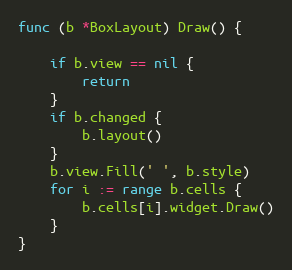
Language: Go
func (b *BoxLayout) Draw() {

	if b.view == nil {
		return
	}
	if b.changed {
		b.layout()
	}
	b.view.Fill(' ', b.style)
	for i := range b.cells {
		b.cells[i].widget.Draw()
	}
}